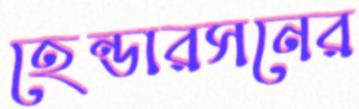
হেন্ডারসনের